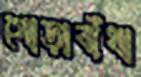
গোড়াবাঁধা